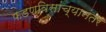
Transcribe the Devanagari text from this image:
फडणविसांच्यानंतर